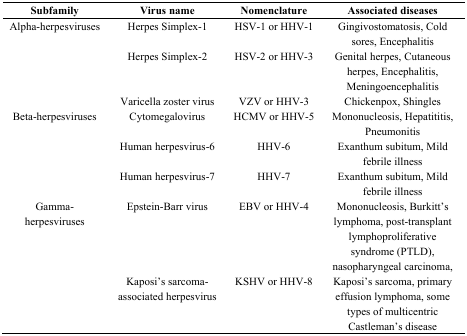
<table><thead><tr><td><b>Subfamily</b></td><td><b>Virus name</b></td><td><b>Nomenclature</b></td><td><b>Associated diseases</b></td></tr></thead><tbody><tr><td>Alpha-herpesviruses</td><td>Herpes Simplex-1</td><td>HSV-1 or HHV-1</td><td>Gingivostomatosis, Cold sores, Encephalitis</td></tr><tr><td></td><td>Herpes Simplex-2</td><td>HSV-2 or HHV-3</td><td>Genital herpes, Cutaneous herpes, Encephalitis, Meningoencephalitis</td></tr><tr><td></td><td>Varicella zoster virus </td><td>VZV or HHV-3</td><td>Chickenpox, Shingles</td></tr><tr><td>Beta-herpesviruses</td><td>Cytomegalovirus</td><td>HCMV or HHV-5</td><td>Mononucleosis, Hepatititis, Pneumonitis</td></tr><tr><td></td><td>Human herpesvirus-6 </td><td>HHV-6</td><td>Exanthum subitum, Mild febrile illness</td></tr><tr><td></td><td>Human herpesvirus-7</td><td>HHV-7</td><td>Exanthum subitum, Mild febrile illness</td></tr><tr><td>Gamma-herpesviruses</td><td>Epstein-Barr virus</td><td>EBV or HHV-4</td><td>Mononucleosis, Burkitt’s lymphoma, post-transplant lymphoproliferative syndrome (PTLD), nasopharyngeal carcinoma,</td></tr><tr><td></td><td>Kaposi’s sarcoma-associated herpesvirus </td><td>KSHV or HHV-8</td><td>Kaposi’s sarcoma, primary effusion lymphoma, some types of multicentric Castleman’s disease</td></tr></tbody></table>